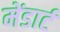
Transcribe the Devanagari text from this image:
मेंडार्ट